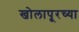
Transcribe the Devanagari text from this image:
खोलापूरच्या